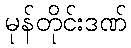
မုန်တိုင်းဒဏ်